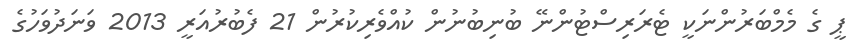
ޕީ ގެ މެމްބަރުންނަކީ ޓެރަރިސްޓުންނޭ ބުނިބުނުން ކުއްވެރިކުރުން 21 ފެބުރުއަރީ 2013 ވަނަދުވަހުގެ